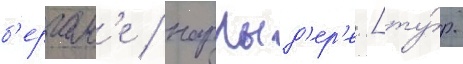
б'ергам'е / нарлыд'ер'е [ту́р.